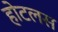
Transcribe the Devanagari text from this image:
होटलस